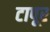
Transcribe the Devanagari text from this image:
टापूर